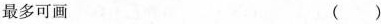
最多可画 ( )